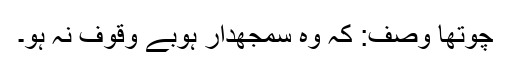
چوتھا وصف: کہ وہ سمجھدار ہوبے وقوف نہ ہو۔